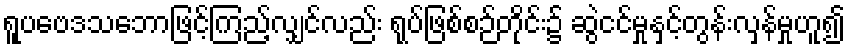
ရူပဗေဒသဘောဖြင့်ကြည့်လျှင်လည်း ရုပ်ဖြစ်စဉ်တိုင်း၌ ဆွဲငင်မှုနှင့်တွန်းလှန်မှုဟူ၍